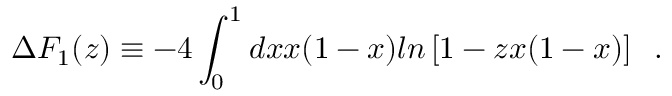
\Delta F _ { 1 } ( z ) \equiv - 4 \int _ { 0 } ^ { 1 } d x x ( 1 - x ) l n \left[ 1 - z x ( 1 - x ) \right] \; \; .